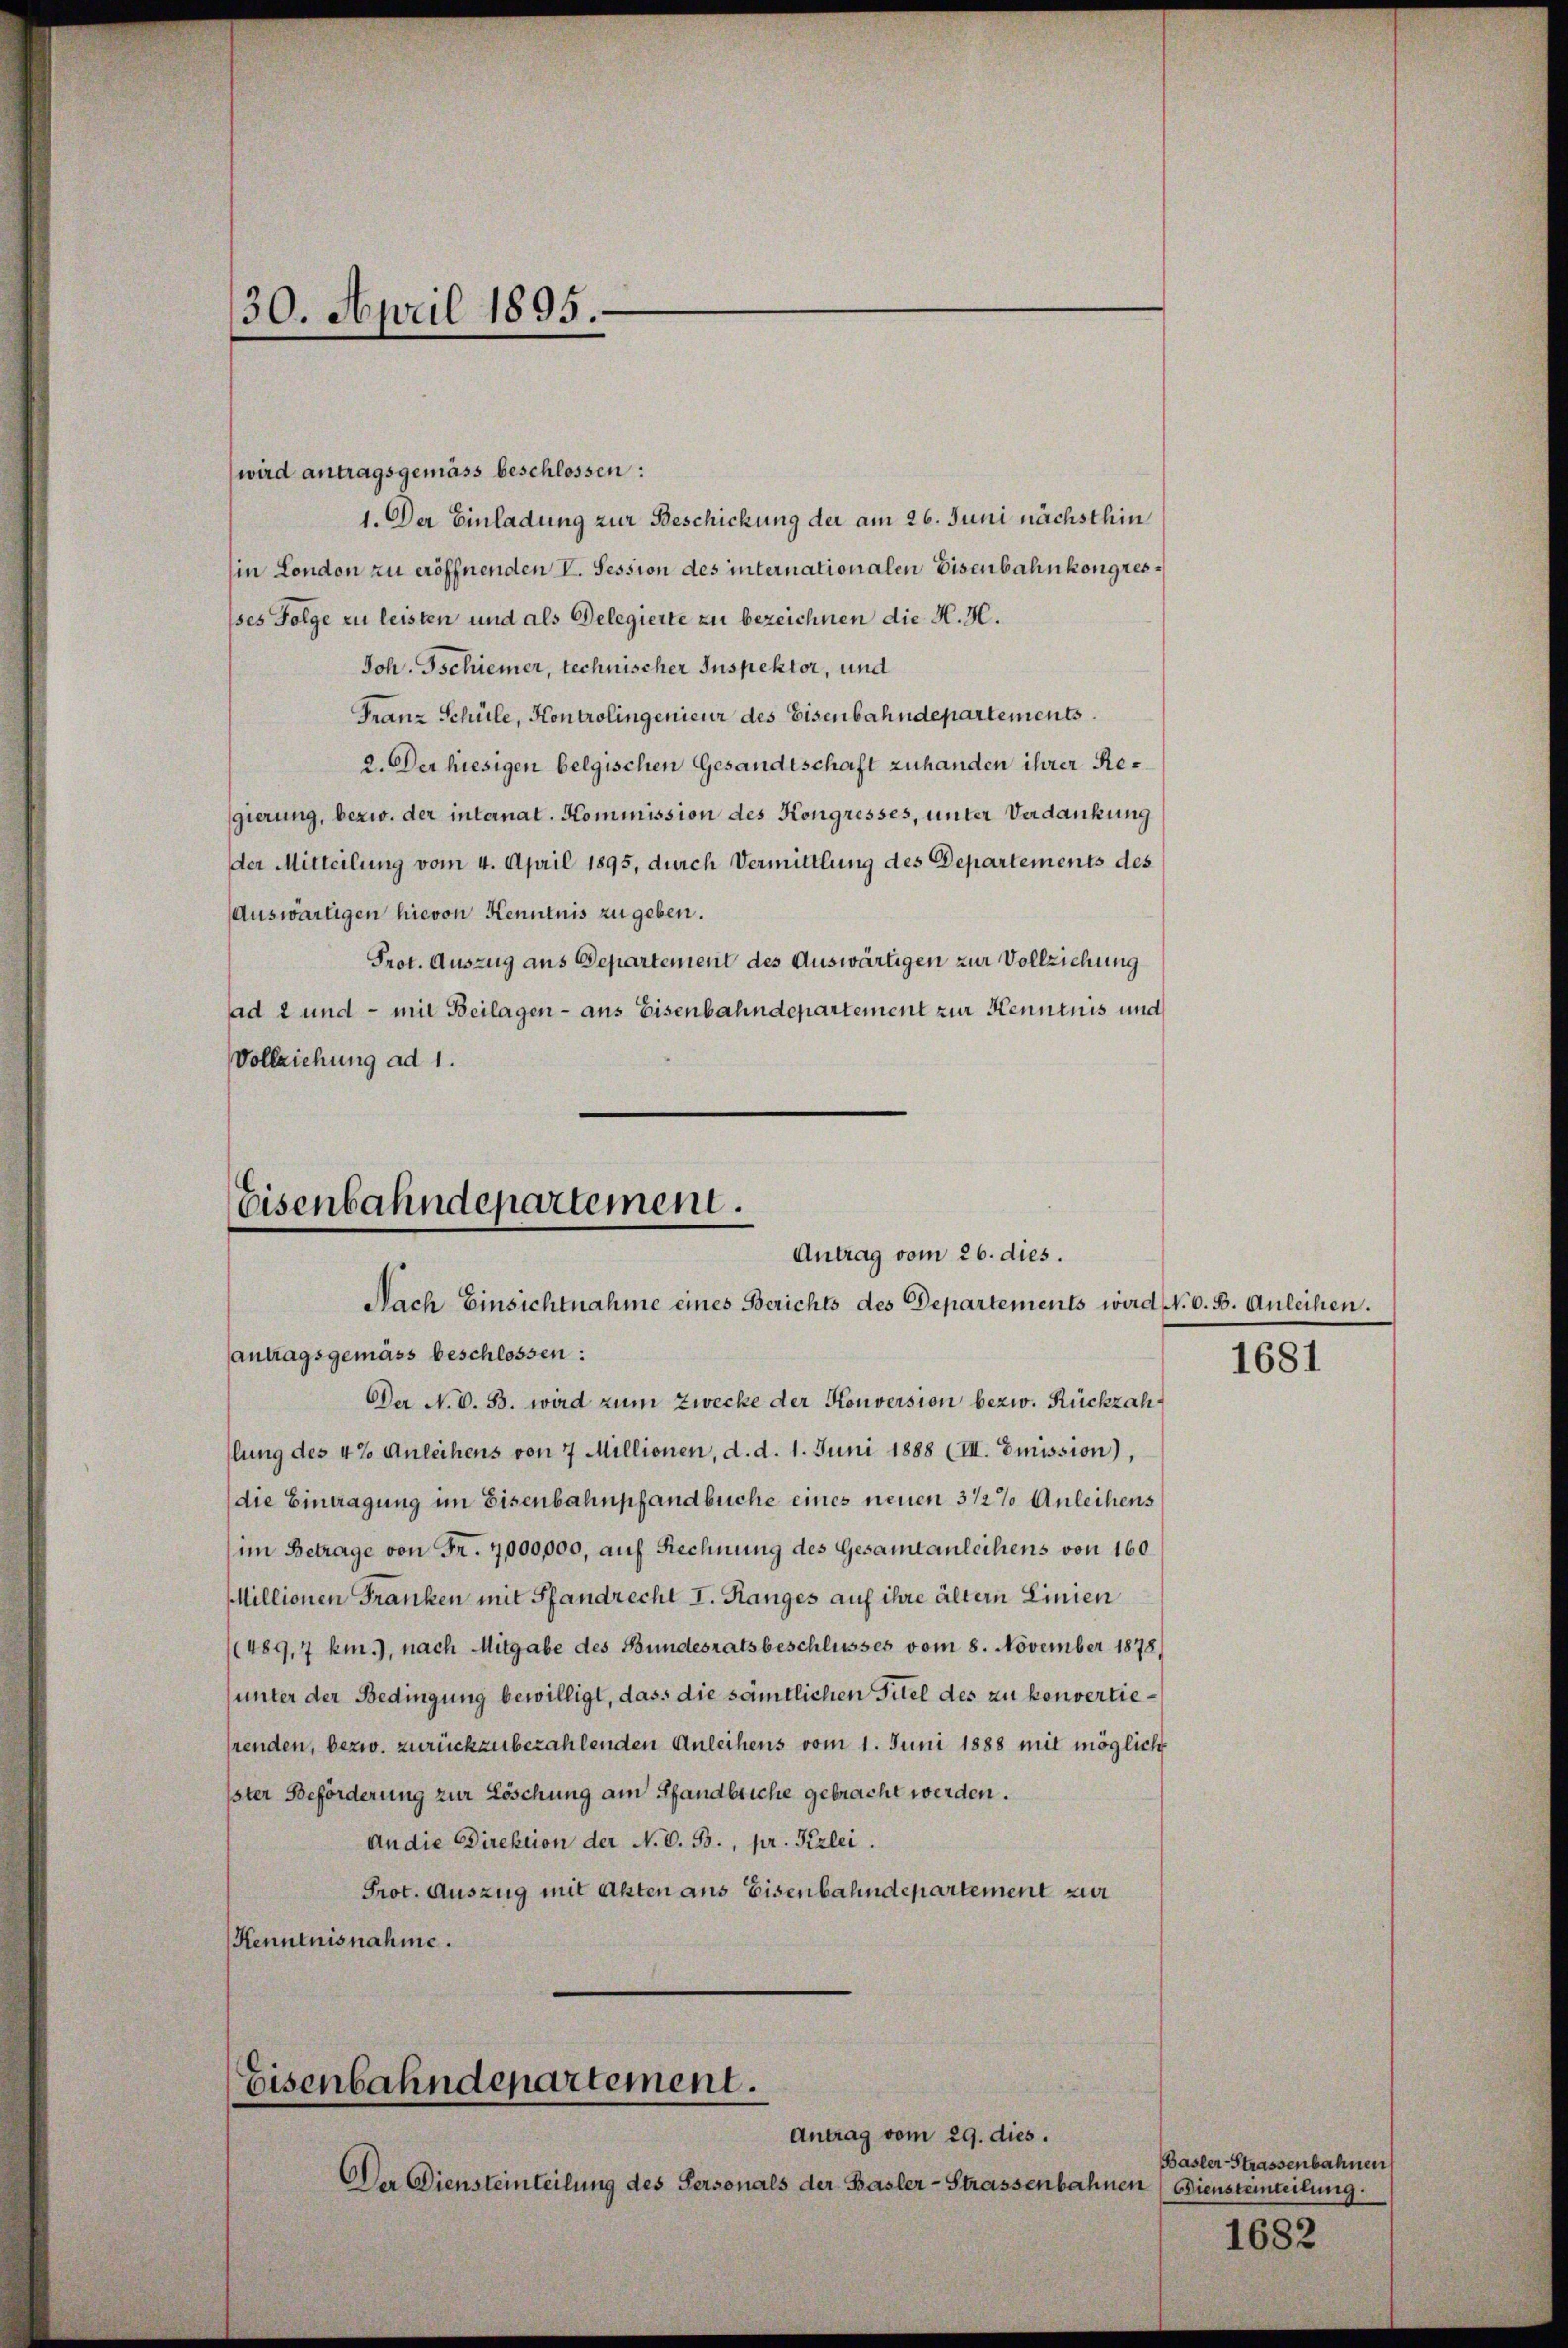
30. April 1895.

wird antragsgemäss beschlossen:
1. Der Einladung zur Beschickung der am 26. Juni nächsthin
in London zu eröffnenden V. Session des internationalen Eisenbahnkongressses Folge zu leisten und als Delegierte zu bezeichnen die H. H.
Joh. Tschiener, technischer Inspektor, und
Franz Schüle, Kontrolingenieur des Eisenbahndepartements
2. Der hiesigen belgischen Gesandtschaft zuhanden ihrer Regierung, bezw. der internat. Kommission des Kongresses, unter Verdankung
der Mitteilung vom 4. April 1895, durch Vermittlung des Departements des
Auswärtigen hievon Kenntnis zu geben.
Prot. Auszug aus Departement des Auswärtigen zur Vollziehung
ad 2 und - mit Beilagen - aus Eisenbahndepartement zur Kenntnis und
Vollziehung ad 1.

Eisenbahndepartement.
Antrag vom 26. dies.
Nach Einsichtnahme eines Berichts des Departements wird N. O. B. Anleihen.

antragsgemäss beschlossen:
Der N. O. B. wird zum Zwecke der Konversion bezw. Rückzahslung des 42 Anleihens von 7 Millionen, d. d. 1. Juni 1888 (III. Emission),
(die Eintragung im Eisenbahnpfandbuche eines neuen 3 1/2% Anleihens
im Betrage von Fr. 7,000,000, auf Rechnung des Gesamtanleihens von 160
MMillionen Franken mit Pfandrecht I. Ranges auf ihre ältern Linien
(489,7 km.), nach Mitgabe des Bundesratsbeschlusses vom 8. November 1878,
(unter der Bedingung bewilligt, dass die sämtlichen Titel des zu konvertieprenden, bezw. zurückzubezahlenden Anleihens vom 1. Juni 1888 mit möglich
ster Beförderung zur Löschung am Pfandbriche gebracht werden.
An die Direktion der N. O. B., pr. Kerlei.
Prot. Auszug mit Akten aus Eisenbahndepartement zur
Kenntnisnahme.

Eisenbahndepartement.
Antrag vom 29. dies.

Der Diensteinteilung des Personals der Basler-Strassenbahnen (Diensteinteilung.

1681

Basler-Strassenbahnen

1682